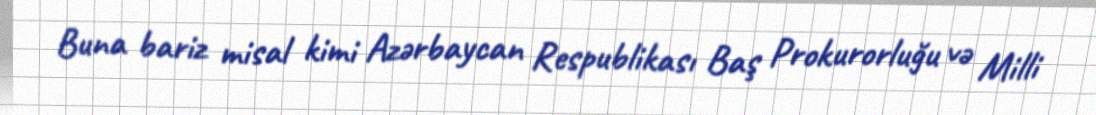
Buna bariz misal kimi Azərbaycan Respublikası Baş Prokurorluğu və Milli